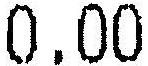
0.00